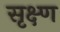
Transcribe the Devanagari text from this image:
सृक्ष्‍ण